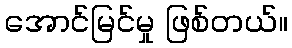
အောင်မြင်မှု ဖြစ်တယ်။